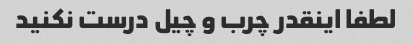
لطفا اینقدر چرب و چیل درست نکنید